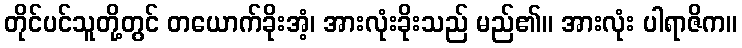
တိုင်ပင်သူတို့တွင် တယောက်ခိုးအံ့၊ အားလုံးခိုးသည် မည်၏။ အားလုံး ပါရာဇိက။